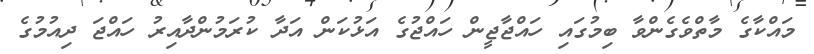
މައްކާގެ މާތްވެގެންވާ ބިމުގައި ހައްޖާޖީން ހައްޖުގެ އަޅުކަން އަދާ ކުރަމުންދާއިރު ހައްޖަ ދިއުމުގެ